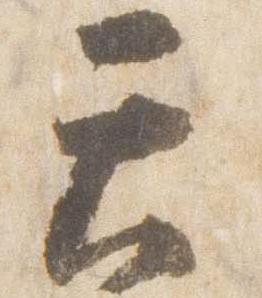
天